Leaving Certificate, 1897
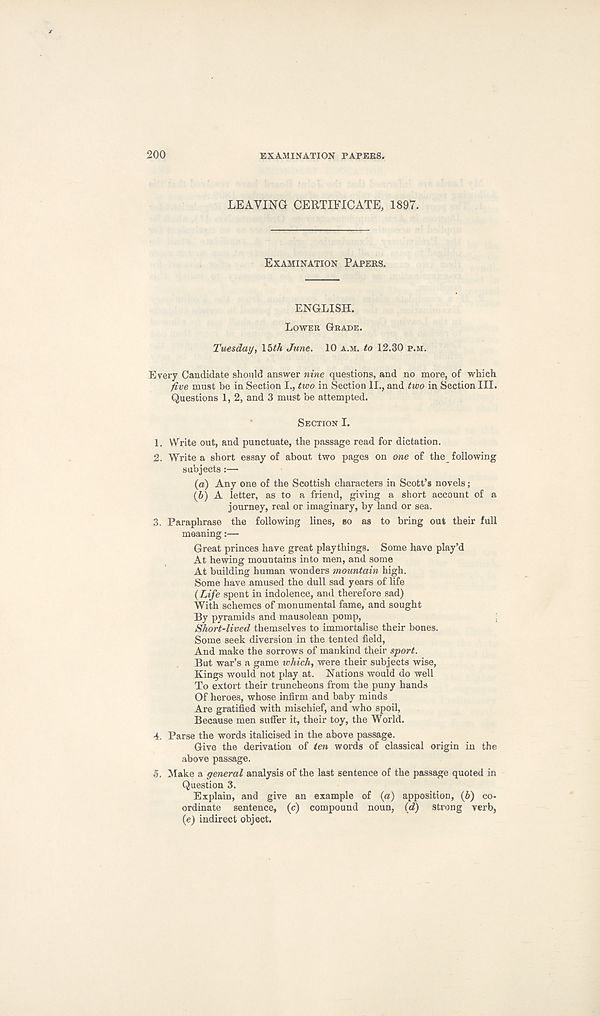
200
EXAMINATION PAPERS.
LEAVING CERTIFICATE, 1897.
EXAMINATION PAPERS.
ENGLISH.
LOWER GRADE.
Tuesday, \hth June. 10 A.M. to 12.30 P.M.
Every Candidate should answer nine questions, and no more, of which
five must be in Section I., two in Section II., and two in Section III.
Questions 1, 2, and 3 must be attempted.
SECTION I.
1. Write out, and punctuate, the passage read for dictation.
2. Write a short essay of about two pages on one of the following
subjects:—
(а) Any one of the Scottish characters in Scott’s novels;
(б) A letter, as to a friend, giving a short account of a
journey, real or imaginary, by land or sea.
3. Paraphrase the following lines, BO as to bring out their full
meaning:—
Great princes have great playthings. Some have play’d
At hewing mountains into men, and some
At building human wonders mountain high.
Some have amused the dull sad years of life
(Life spent in indolence, and therefore sad)
With schemes of monumental fame, and sought
By pyramids and mausolean pomp,
Short-lived themselves to immortalise their bones.
Some seek diversion in the tented field,
And make the sorrows of mankind their sport.
But war’s a game which, were their subjects wise,
Kings would not play at. Nations would do well
To extort their truncheons from the puny hands
Of heroes, whose infirm and baby minds
Are gratified with mischief, and who spoil,
Because men suffer it, their toy, the World.
4. Parse the words italicised in the above passage.
Give the derivation of ten words of classical origin in the
above passage.
5. Make a general analysis of the last sentence of the passage quoted in
Question 3.
Explain, and give an example of (a) apposition, (6) co-
ordinate sentence, (c) compound noun, (d) strong verb,
(e) indirect object.